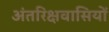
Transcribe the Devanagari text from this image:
अंतरिक्षवासियों